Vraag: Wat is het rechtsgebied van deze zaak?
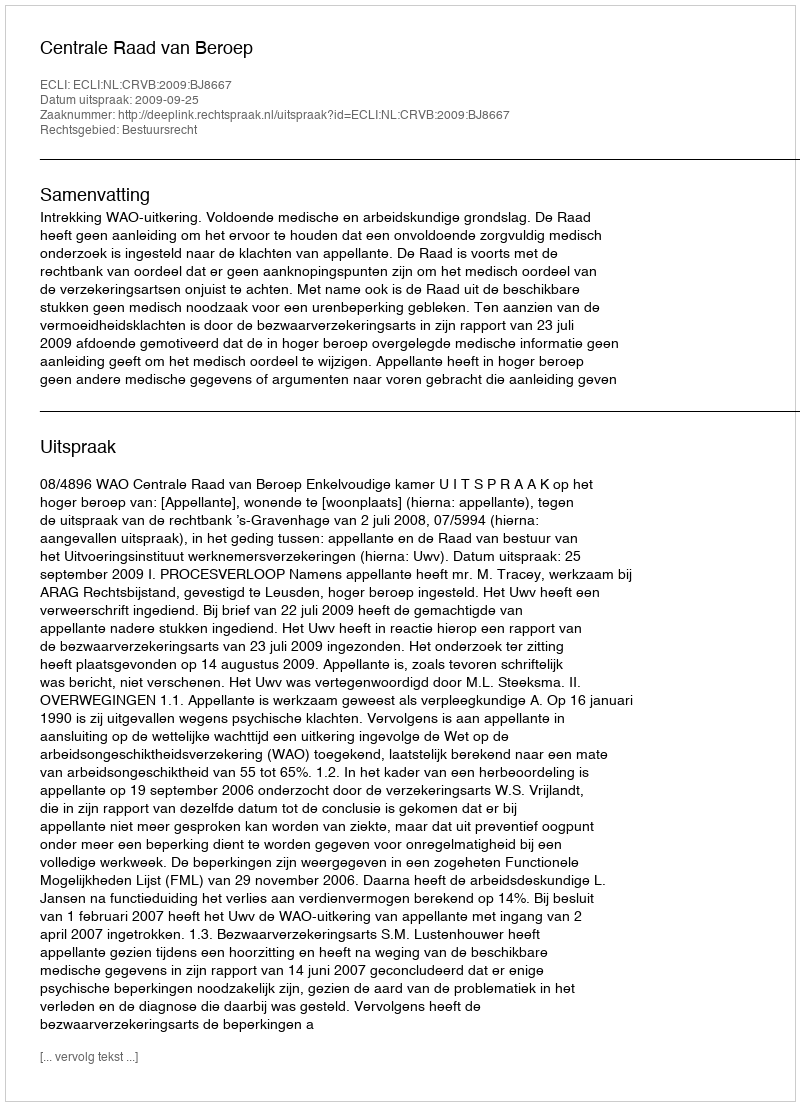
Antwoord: Bestuursrecht